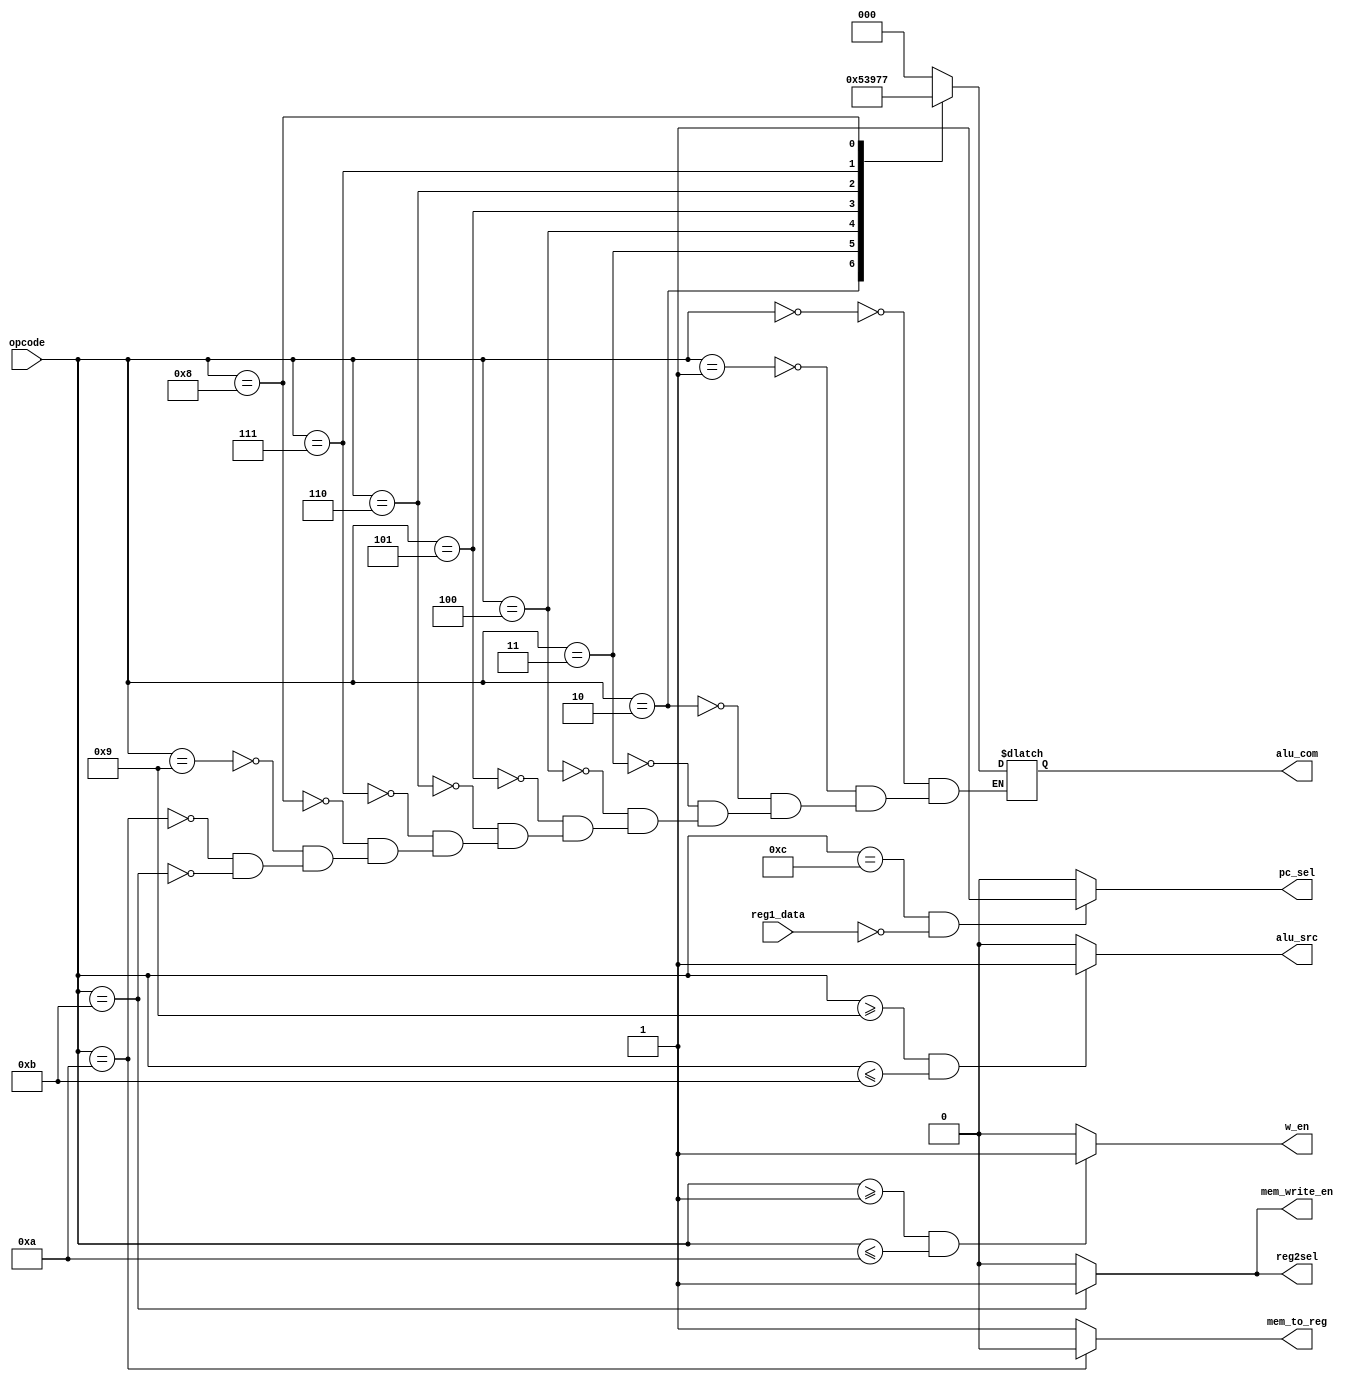
module controller(opcode,alu_com,w_en,pc_sel,reg1_data,reg2sel,alu_src,mem_write_en,mem_to_reg);
input [3:0] opcode;
input [15:0] reg1_data;
output reg w_en;
output pc_sel,reg2sel,alu_src,mem_write_en,mem_to_reg;
output reg [2:0] alu_com;
assign pc_sel= (opcode==4'b1100 &&reg1_data==0)?1:0;
assign reg2sel = (opcode==11)?1:0;
assign alu_src = (opcode>=9 && opcode <=11)?1:0;
assign mem_write_en = (opcode==11)?1:0;
assign mem_to_reg = (opcode==10)?0:1;
always@(opcode)begin
	case(opcode)
		0: alu_com=3'bxxx;
		1: alu_com=0;
		2: alu_com=1;
		3: alu_com=2;
		4: alu_com=3;
		5: alu_com=4;
		6: alu_com=5;
		7: alu_com=6;
		8: alu_com=7;
		9: alu_com=0;
		10: alu_com=0;
		11: alu_com=0;
	endcase
	if(opcode>=1 && opcode <=10)
		w_en=1'b1;
	else
		w_en=1'b0;
end
endmodule